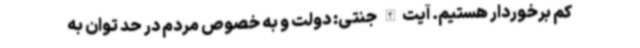
کم برخوردار هستیم. آیت‌الله جنتی: دولت و به خصوص مردم در حد توان به